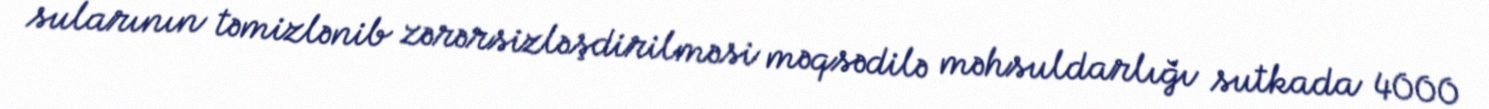
sularının təmizlənib zərərsizləşdirilməsi məqsədilə məhsuldarlığı sutkada 4000